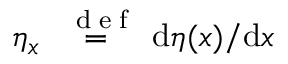
\eta _ { x } \stackrel { \mathrm { ~ \tiny ~ { ~ d ~ e ~ f ~ } ~ } } { = } \mathrm { d } \eta ( x ) / \mathrm { d } x